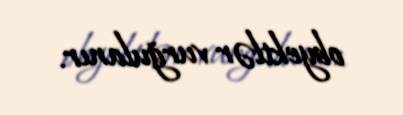
obyektlər vurğulanır.